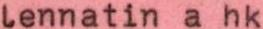
lennatin a hk